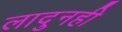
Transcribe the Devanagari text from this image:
लादुनही